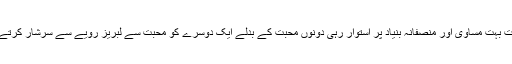
یہ محبت بہت مساوی اور منصفانہ بنیاد پر استوار رہی دونوں محبت کے بدلے ایک دوسرے کو محبت سے لبریز رویے سے سرشار کرتے رہے۔